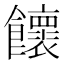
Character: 𩟮